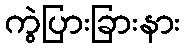
ကွဲပြားခြားနား